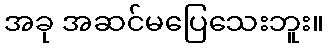
အခု အဆင်မပြေသေးဘူး။